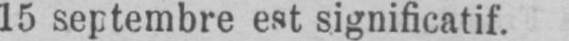
15 septembre est significatif.